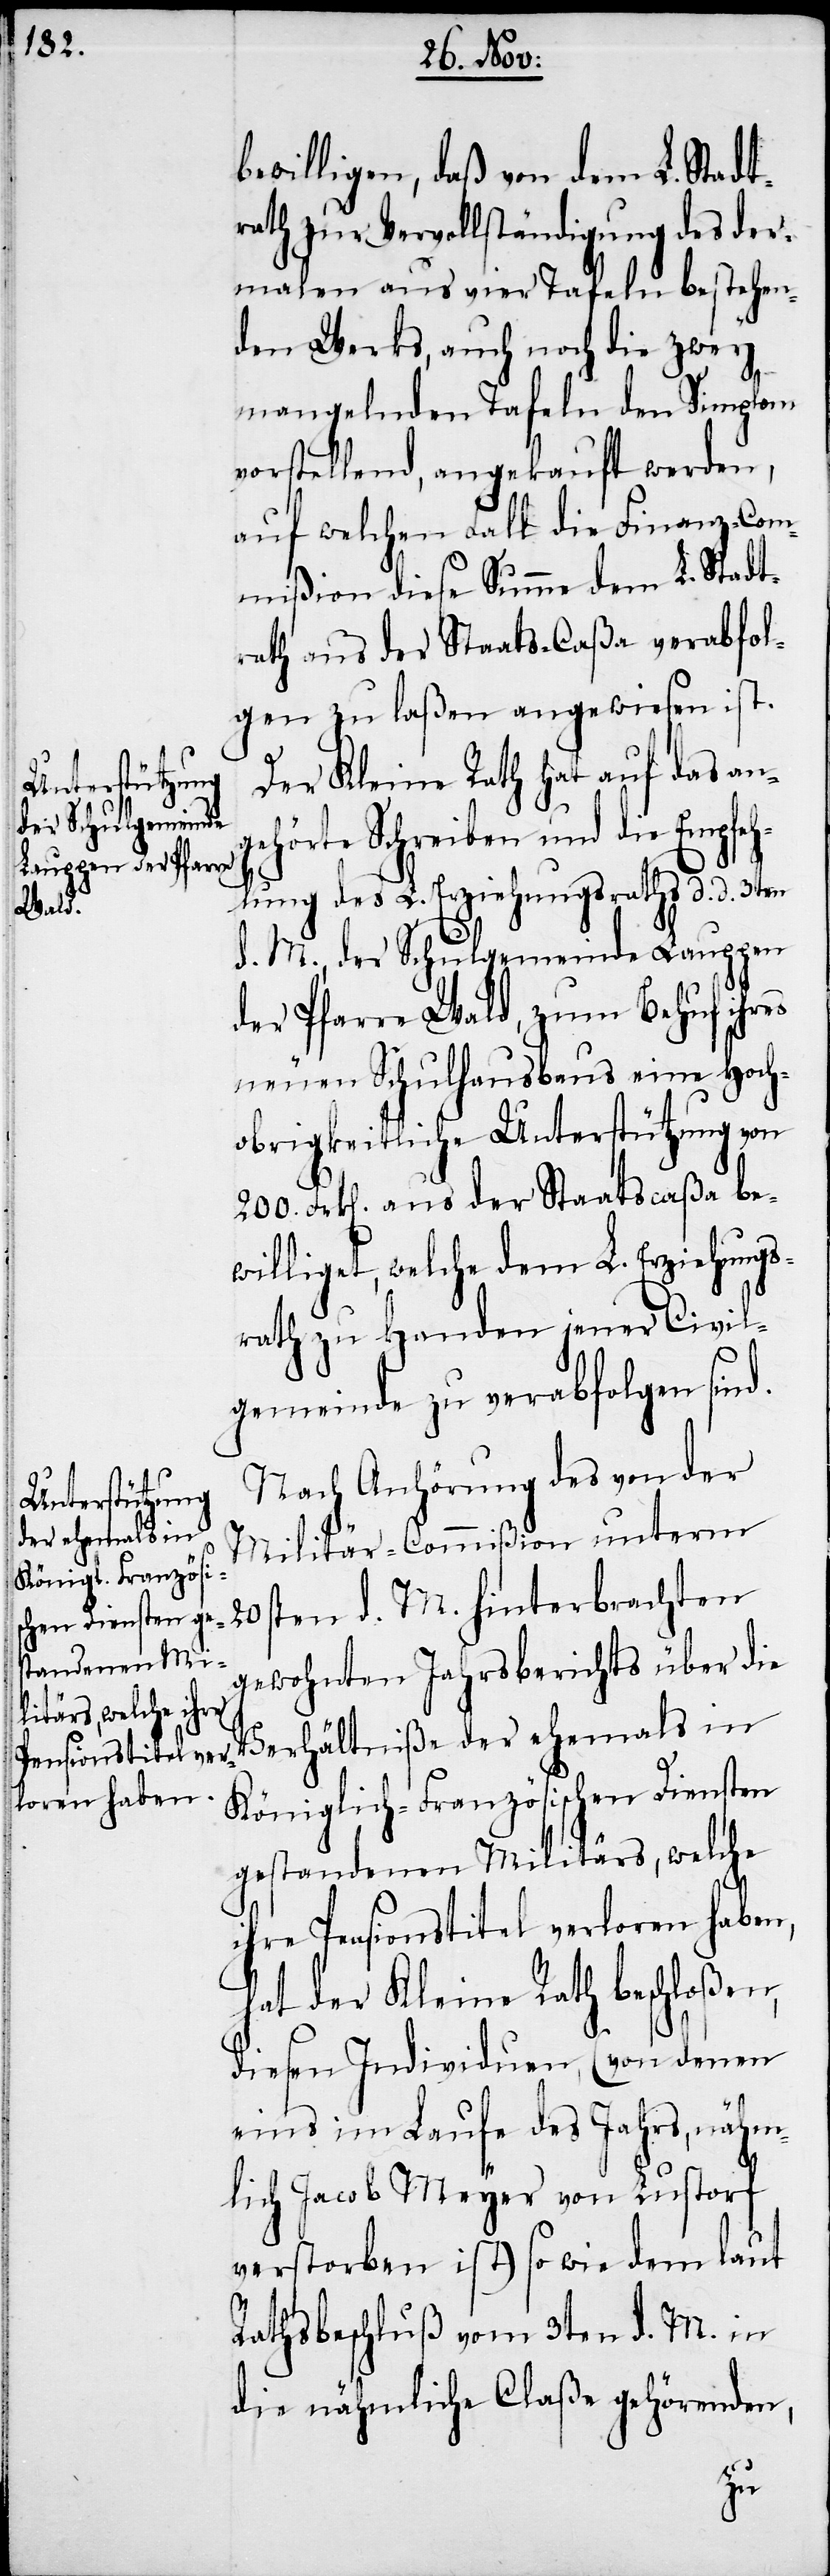
bewilligen, daß von dem L. Stadt¬
rath zur Vervollständigung des der¬
malen aus vier Tafeln bestehen¬
den Werks, auch noch die zwey
mangelnden Tafeln den Simplom
vorstellend, angekauft werden,
auf welchen Fall die Finanz-Com¬
mißion diese Summe dem L. Stadt¬
rath aus der Staats-Caßa verabfol¬
gen zu laßen angewiesen ist.
Der Kleine Rath hat auf das ang¬
hinterbrachten
ehörte Schreiben und die Empfeh¬
lung des L. Erziehungsraths d. d.3ten
d. M., der Schulgemeinde Lauppen
der Pfarre Wald, zum Behuf ihres
neuen Schulhausbaus eine Hoch¬
obrigkeitliche Unterstützung von
200. Frk[en]. aus der Staatscaßa be¬
williget, welche dem L. Erziehungs¬
rath zu Handen jener Civil¬
gemeinde zu verabfolgen sind.
Nach Anhörung des von der
Militär-Commißion unterm
gewohnten Jahrsberichts über die
Verhältniße der ehemals in
Königlich-Französischen Diensten
gestandenen Militärs, welche
ihre Pensionstitel verloren haben,
hat der Kleine Rath beschloßen,
diesen Individuen, (von denen
eins im Laufe des Jahrs, nähm¬
lich Jacob Meyer von Lustorf
verstorben ist) so wie dem laut
Rathsbeschluß vom 3ten d. M. in
die nähmliche Claße gehörenden,
M.